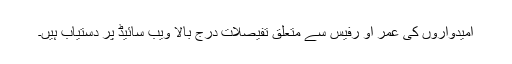
امیدواروں کی عمر او رفیس سے متعلق تفیصلات درج بالا ویب سائیڈ پر دستیاب ہیں۔